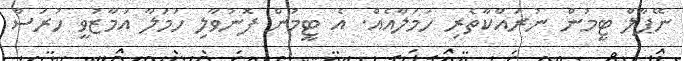
ނޭޕާލް ޓީމުން ނުރައްކާތެރި ހަމަލާއެއް. އެ ޓީމުން ފޮނުވާލި ހަމަލާ އަމާޒުވީ ހުރަސް